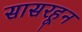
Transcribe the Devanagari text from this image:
सासरहून